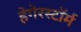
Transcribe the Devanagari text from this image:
हेगेरस्टॉर्म